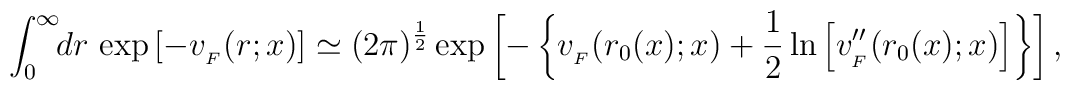
\int_{0}^{\infty}\!\!dr\,\exp\left[-v_{_{F}}(r;x)\right]	\simeq(2\pi)^{{1\over2}}\exp\left[-\left\{v_{_{F}}(r_{0}(x);x)	+{1\over2}\ln\left[v''_{_{F}}(r_{0}(x);x)\right]\right\}\right],